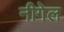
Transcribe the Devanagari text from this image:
नीगेल